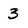
Character: 3